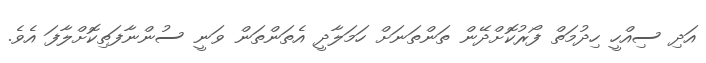
އަދި ސިއްހީ ހިދުމަތް ފޯރުކޮށްދޭން ތަންތަނަށް ހަމަލާދީ އެތަންތަން ވަނީ ސުންނާފަތިކޮށްލާފަ އެވެ.